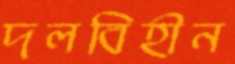
দলবিহীন